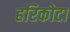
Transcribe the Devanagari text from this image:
हरिकोटा